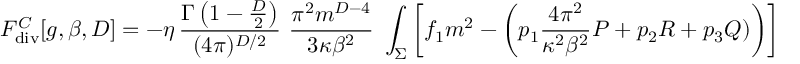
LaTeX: F _ { \tiny \mathrm { d i v } } ^ { C } [ g , \beta , D ] = - \eta \, { \frac { \Gamma \left( 1 - \frac D 2 \right) } { ( 4 \pi ) ^ { D / 2 } } } \, \, { \frac { \pi ^ { 2 } m ^ { D - 4 } } { 3 \kappa \beta ^ { 2 } } } \, \, \int _ { \Sigma } \left[ f _ { 1 } m ^ { 2 } - \left( p _ { 1 } { \frac { 4 \pi ^ { 2 } } { \kappa ^ { 2 } \beta ^ { 2 } } } { \cal P } + p _ { 2 } R + p _ { 3 } { \cal Q } ) \right) \right] ~ ~ ~ .